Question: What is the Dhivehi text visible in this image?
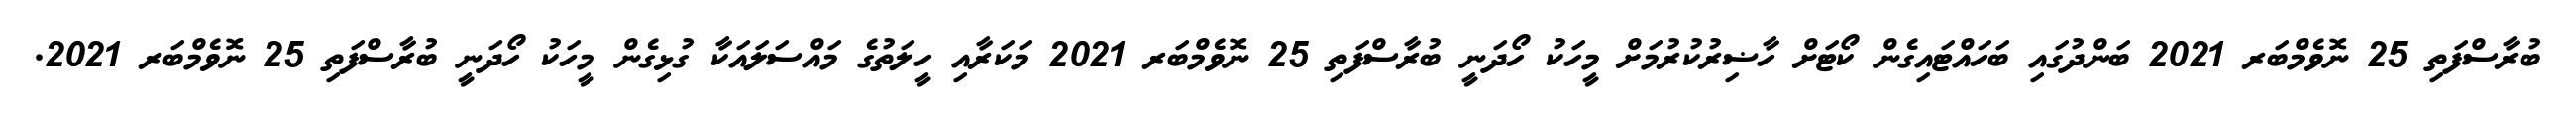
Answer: ބުރާސްފަތި 25 ނޮވެމްބަރ 2021 ބަންދުގައި ބަހައްޓައިގެން ކޯޓަށް ހާޟިރުކުރުމަށް މީހަކު ހޯދަނީ ބުރާސްފަތި 25 ނޮވެމްބަރ 2021 މަކަރާއި ހީލަތުގެ މައްސަލައަކާ ގުޅިގެން މީހަކު ހޯދަނީ ބުރާސްފަތި 25 ނޮވެމްބަރ 2021.